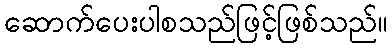
ဆောက်ပေးပါစသည်ဖြင့်ဖြစ်သည်။